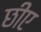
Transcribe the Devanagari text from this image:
छीए